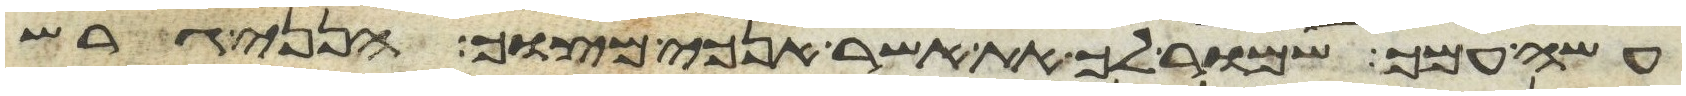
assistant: עשה עמך שמור לך את אשר אנכי מצוך היום הנני גרש